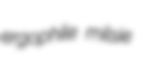
ergophile milsie